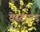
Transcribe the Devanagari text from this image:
वेस्टएन्ड